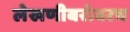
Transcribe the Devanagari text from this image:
लेखणीबरोबरच